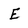
Character: E